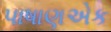
પાષાણએક